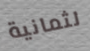
لثمانية